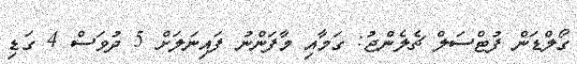
ގޯލްޑަން ފުޓްސަލް ޗެލެންޖު: ގަމާއި މާފަންނު ފައިނަލަށް 5 ދުވަސް 4 ގަޑި